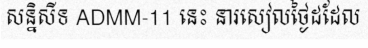
សន្និសីទ ADMM-11 នេះ នារសៀលថ្ងៃដដែល